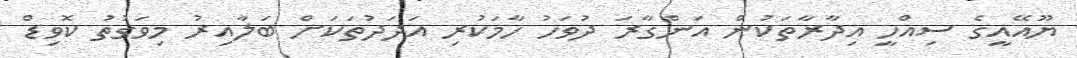
ޔޫއޭއީގެ ސިއްހީ އިދާރާތަކުން އަންގާރަ ދުވަހު ހާމަކުރި އަދަދުތަކަށް ބަލާއިރު މިވަގުތު ކޮވިޑް